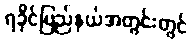
ရခိုင်ပြည်နယ်အတွင်းတွင်